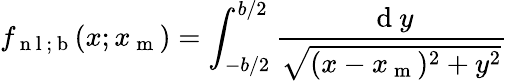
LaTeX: f_{\mathrm{~n~l~;~b~}}(x;x_{\mathrm{~m~}})=\int_{-b/2}^{b/2}\frac{\mathrm{~d~}y}{\sqrt{(x-x_{\mathrm{~m~}})^{2}+y^{2}}}